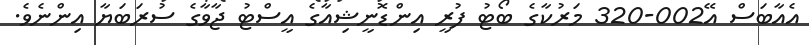
އެއާބަސް އޭ002-320 މަރުކާގެ ބޯޓު ފުރީ އިންޑޮނީޝިއާގެ އީސްޓު ޖާވާގެ ސުރަބަޔާ އިންނެވެ.